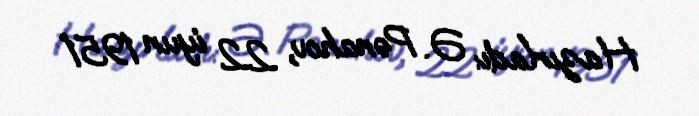
Hazırladı: Ə. Pənahov, 22 iyun 1951